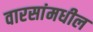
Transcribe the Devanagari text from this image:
वारसांमधील